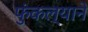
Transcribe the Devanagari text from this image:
फुंकल्याने